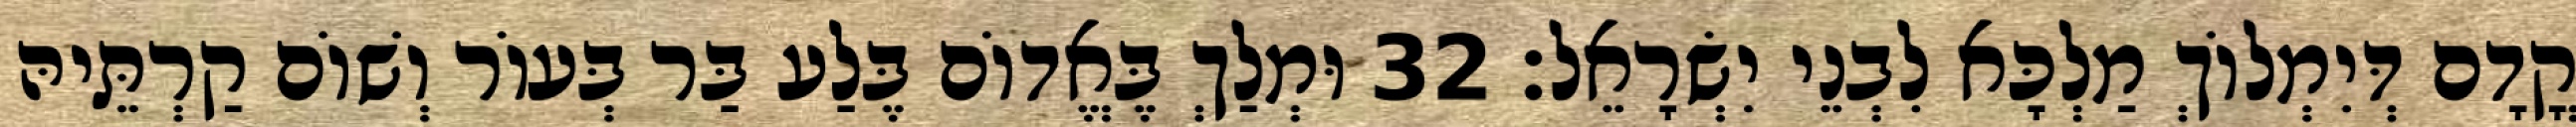
קֳדָם דְּיִמְלוֹךְ מַלְכָּא לִבְנֵי יִשְׂרָאֵל׃ 32 וּמְלַךְ בֶּאֱדוֹם בֶּלַע בַּר בְּעוֹר וְשׁוֹם קַרְתֵּיהּ